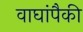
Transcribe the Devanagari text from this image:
वाघांपैकी